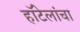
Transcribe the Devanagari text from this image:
हॉटेलांचा